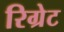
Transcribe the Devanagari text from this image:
रिग्रेट